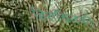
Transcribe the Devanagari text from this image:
हितचिंतकों